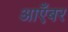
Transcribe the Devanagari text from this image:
आएँबर